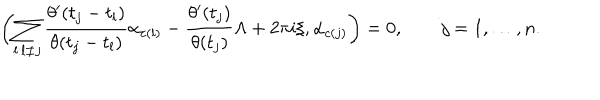
\biggl ( \sum _ { l : l \neq j } { \frac { \theta ^ { \prime } ( t _ { j } - t _ { l } ) } { \theta ( t _ { j } - t _ { l } ) } } \alpha _ { c ( l ) } - { \frac { \theta ^ { \prime } ( t _ { j } ) } { \theta ( t _ { j } ) } } \Lambda + 2 \pi i \xi , \alpha _ { c ( j ) } \biggr ) = 0 , \qquad j = 1 , \dots , n .